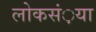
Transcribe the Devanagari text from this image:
लोकसं़या